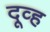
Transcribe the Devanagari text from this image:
दूव्ह